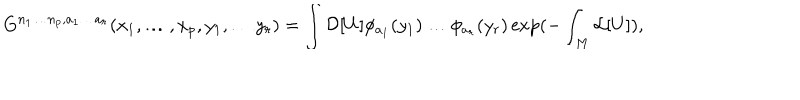
G ^ { n _ { 1 } \ldots n _ { p } , a _ { 1 } \ldots a _ { r } } ( x _ { 1 } , \ldots , x _ { p } , y _ { 1 } , \ldots y _ { r } ) = \int { \cal D } [ U ] \phi _ { a _ { 1 } } ( y _ { 1 } ) \ldots \phi _ { a _ { r } } ( y _ { r } ) \exp ( - \int _ { M } { \cal L } [ U ] ) ,